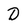
Character: D